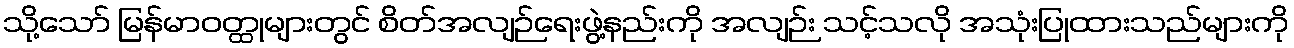
သို့သော် မြန်မာဝတ္ထုများတွင် စိတ်အလျဉ်ရေးဖွဲ့နည်းကို အလျဉ်း သင့်သလို အသုံးပြုထားသည်များကို